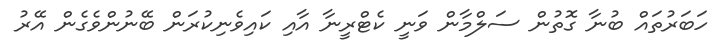
ހަބަރުތައް ބުނާ ގޮތުން ސަލްްމާން ވަނީ ކެޓްރީނާ އާއި ކައިވެނިކުރަން ބޭނުންވެގެން އޭރު